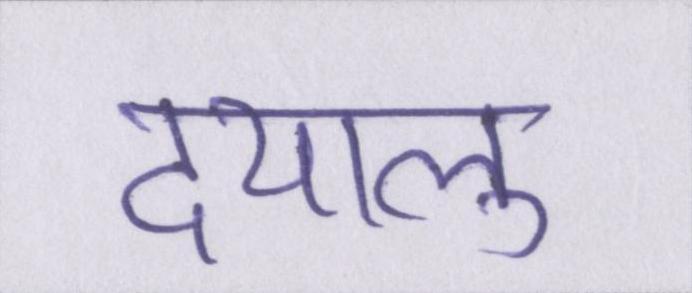
दयालु